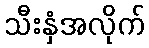
သီးနှံအလိုက်